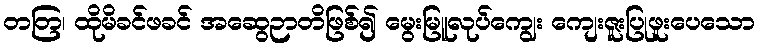
တတြ၊ ထိုမိခင်ဖခင် အဆွေဉာတိဖြစ်၍ မွေးမြူလုပ်ကျွေး ကျေးဇူးပြုဖူးပေသော